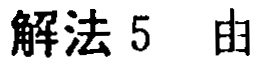
解法 5 由